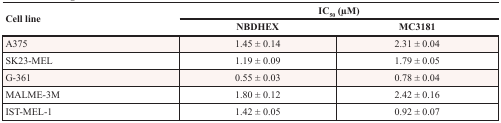
<table><thead><tr><td rowspan="2"><b>Cell line</b></td><td colspan="2"><b>IC<sub>50</sub>(μM)</b></td></tr><tr><td><b>NBDHEX</b></td><td><b>MC3181</b></td></tr></thead><tbody><tr><td>A375</td><td>1.45 ± 0.14</td><td>2.31 ± 0.04</td></tr><tr><td>SK23-MEL</td><td>1.19 ± 0.09</td><td>1.79 ± 0.05</td></tr><tr><td>G-361</td><td>0.55 ± 0.03</td><td>0.78 ± 0.04</td></tr><tr><td>MALME-3M</td><td>1.80 ± 0.12</td><td>2.42 ± 0.16</td></tr><tr><td>IST-MEL-1</td><td>1.42 ± 0.05</td><td>0.92 ± 0.07</td></tr></tbody></table>